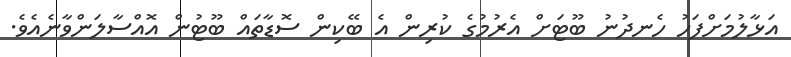
އަޅާލުމަށްފަހު ހެނދުނު ބޫޓަށް އެރުމުގެ ކުރިން އެ ބޭކިން ސޮޑާތައް ބޫޓުން އޮއްސާލަންވާނެއެވެ.